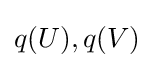
q(U),q(V)